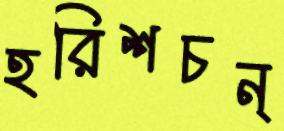
হরিশচন্